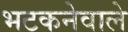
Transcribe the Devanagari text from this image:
भटकनेवाले